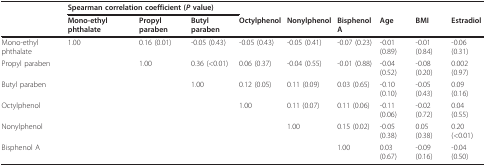
<table><thead><tr><td></td><td colspan="9"><b>Spearman correlation coefficient (<i>P </i>value)</b></td></tr><tr><td></td><td><b>Mono-ethyl phthalate</b></td><td><b>Propyl paraben</b></td><td><b>Butyl paraben</b></td><td><b>Octylphenol</b></td><td><b>Nonylphenol</b></td><td><b>Bisphenol A</b></td><td><b>Age</b></td><td><b>BMI</b></td><td><b>Estradiol</b></td></tr></thead><tbody><tr><td>Mono-ethyl phthalate</td><td>1.00</td><td>0.16 (0.01)</td><td>-0.05 (0.43)</td><td>-0.05 (0.43)</td><td>-0.05 (0.41)</td><td>-0.07 (0.23)</td><td>-0.01 (0.89)</td><td>-0.01 (0.84)</td><td>-0.06 (0.31)</td></tr><tr><td>Propyl paraben</td><td></td><td>1.00</td><td>0.36 (&lt;0.01)</td><td>0.06 (0.37)</td><td>-0.04 (0.55)</td><td>-0.01 (0.88)</td><td>-0.04 (0.52)</td><td>-0.08 (0.20)</td><td>0.002 (0.97)</td></tr><tr><td>Butyl paraben</td><td></td><td></td><td>1.00</td><td>0.12 (0.05)</td><td>0.11 (0.09)</td><td>0.03 (0.65)</td><td>-0.10 (0.10)</td><td>-0.05 (0.43)</td><td>0.09 (0.16)</td></tr><tr><td>Octylphenol</td><td></td><td></td><td></td><td>1.00</td><td>0.11 (0.07)</td><td>0.11 (0.06)</td><td>-0.11 (0.06)</td><td>-0.02 (0.72)</td><td>0.04 (0.55)</td></tr><tr><td>Nonylphenol</td><td></td><td></td><td></td><td></td><td>1.00</td><td>0.15 (0.02)</td><td>-0.05 (0.38)</td><td>0.05 (0.38)</td><td>0.20 (&lt;0.01)</td></tr><tr><td>Bisphenol A</td><td></td><td></td><td></td><td></td><td></td><td>1.00</td><td>0.03 (0.67)</td><td>-0.09 (0.16)</td><td>-0.04 (0.50)</td></tr></tbody></table>